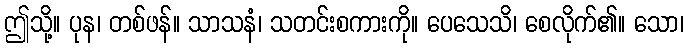
ဤသို့။ ပုန၊ တစ်ဖန်။ သာသနံ၊ သတင်းစကားကို။ ပေသေသိ၊ စေလိုက်၏။ သော၊